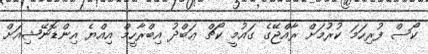
ކޯސް ފުރިހަމަ ކުރުމަށް ރާއްޖޭގެ ގައުމީ ކޯޗް ޢަބްދު އިބްރާހީމް އިއްޔެ އިންޑޮނޭޝިއަށް